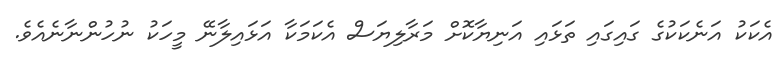
އެކަކު އަނެކަކުގެ ގައިގައި ތަޅައި އަނިޔާކޮށް މަރާލިޔަސް އެކަމަކާ އަޅައިލާނޭ މީހަކު ނުހުންނާނެއެވެ.